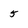
Character: 5